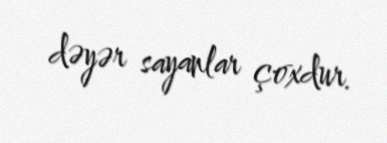
dəyər sayanlar çoxdur.